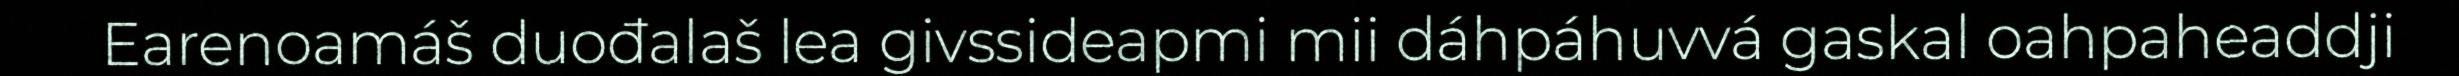
Earenoamáš duođalaš lea givssideapmi mii dáhpáhuvvá gaskal oahpaheaddji